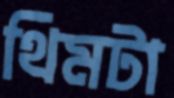
থিমটা